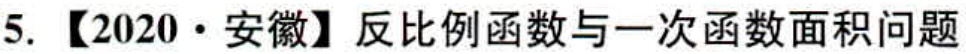
5. 【2020·安徽】反比例函数与一次函数面积问题